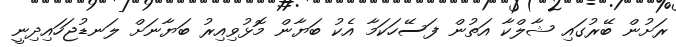
ރަށުން ބޭރުގައި ޝާލްކާ އަތުން ފަސޭހަކަމާ އެކު ބަޔާން މޮޅުވިއިރު ބަޔާނަށް ލަނޑުޖަހައިދިނީ